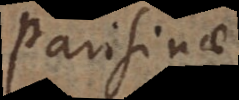
Parisinae